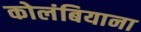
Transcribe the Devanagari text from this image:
कोलंबियाना